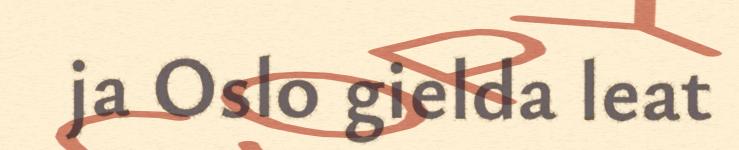
ja Oslo gielda leat